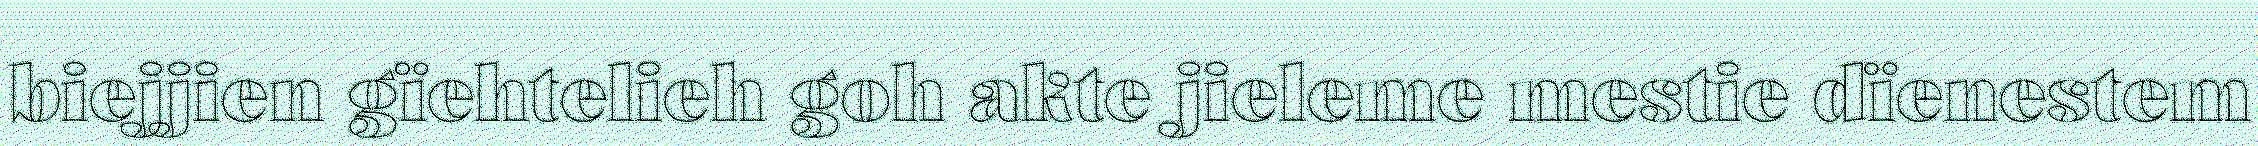
biejjien gïehtelieh goh akte jieleme mestie dïenestem